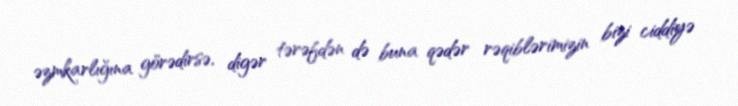
əzmkarlığına görədirsə, digər tərəfdən də buna qədər rəqiblərimizin bizi ciddiyə